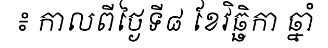
៖ កាលពីថ្ងៃទី៨ ខែវិឆ្ឆិកា ឆ្នាំ